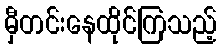
မှီတင်းနေထိုင်ကြသည့်